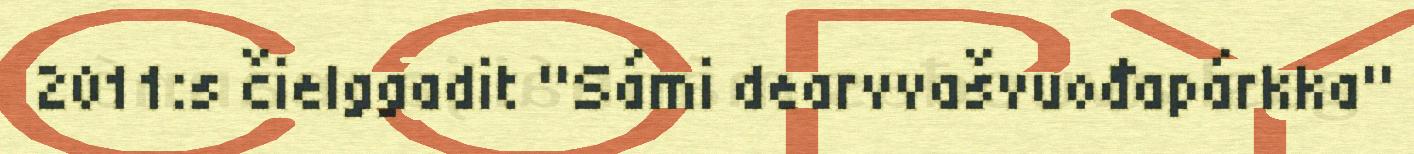
2011:s čielggadit "Sámi dearvvašvuođapárkka"